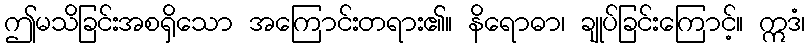
ဤမသိခြင်းအစရှိသော အကြောင်းတရား၏။ နိရောဓာ၊ ချုပ်ခြင်းကြောင့်။ ဣဒံ၊